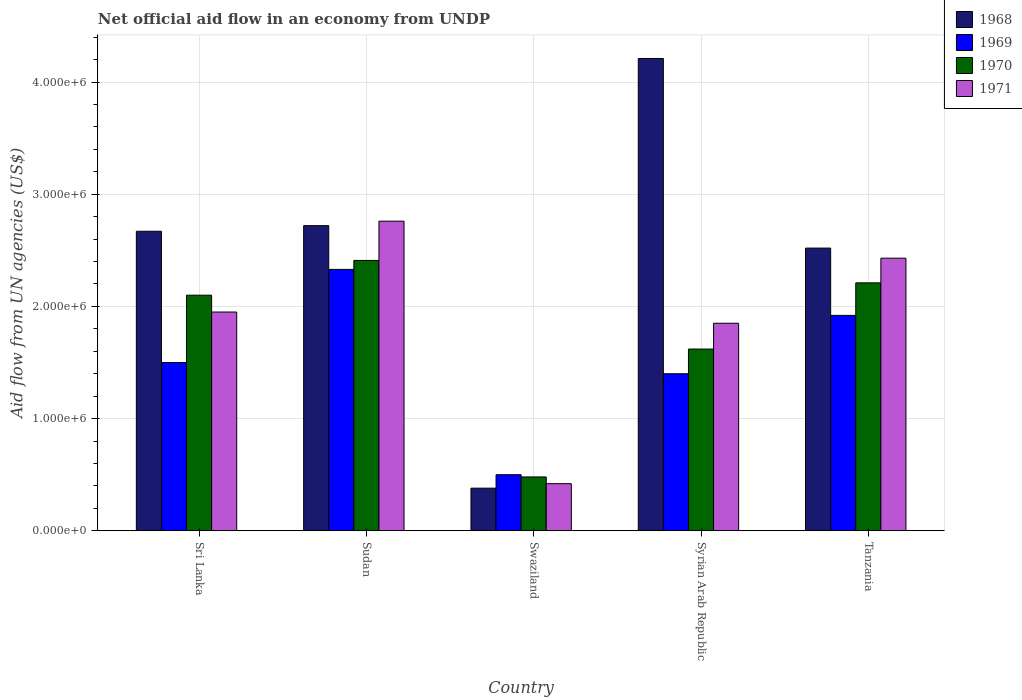
| Country | 1968 | 1969 | 1970 | 1971 |
 | --- | --- | --- | --- | --- |
 | Sri Lanka | 2.67e+06 | 1.5e+06 | 2.1e+06 | 1.95e+06 |
 | Sudan | 2.72e+06 | 2.33e+06 | 2.41e+06 | 2.76e+06 |
 | Swaziland | 3.8e+05 | 5e+05 | 4.8e+05 | 4.2e+05 |
 | Syrian Arab Republic | 4.21e+06 | 1.4e+06 | 1.62e+06 | 1.85e+06 |
 | Tanzania | 2.52e+06 | 1.92e+06 | 2.21e+06 | 2.43e+06 |